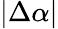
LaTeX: |\Delta\alpha|